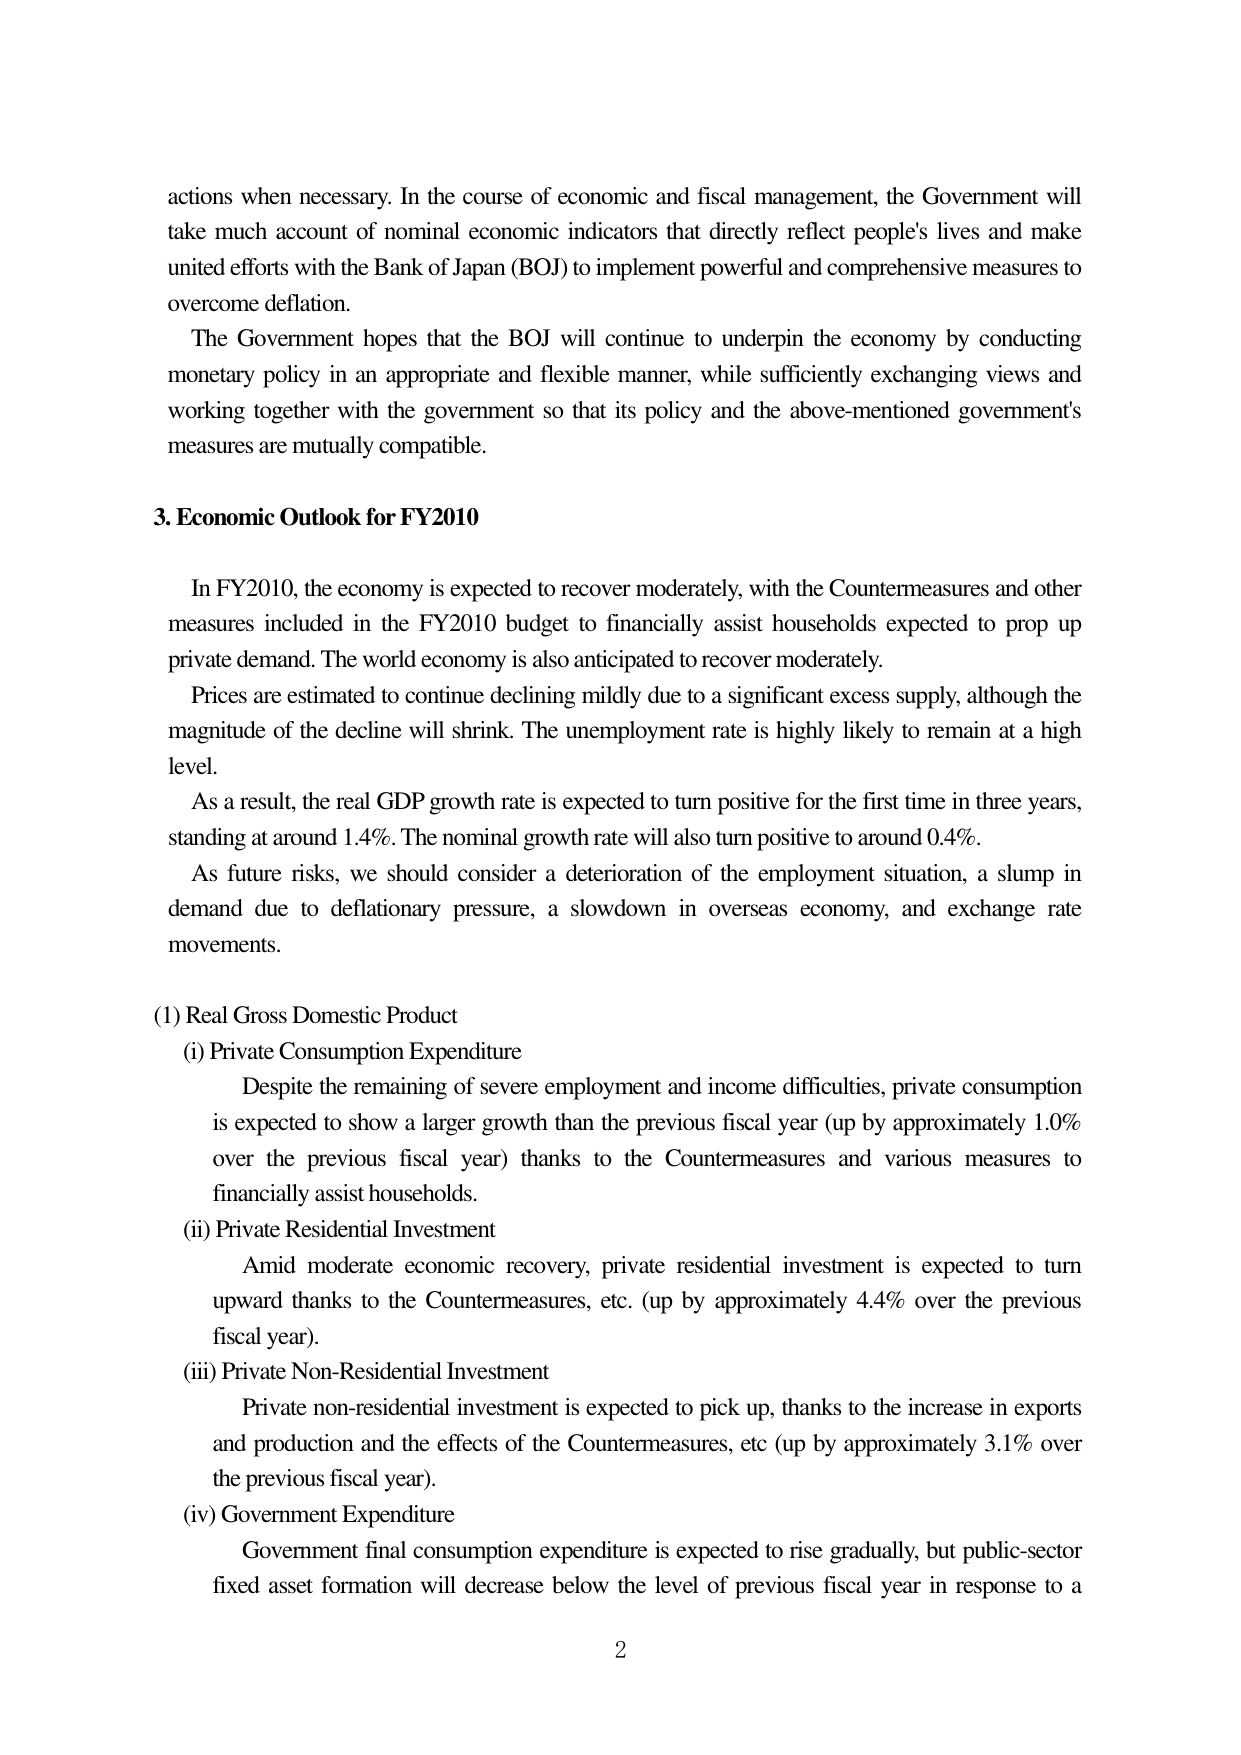
actions when necessary. In the course of economic and fiscal management, the Government will take much account of nominal economic indicators that directly reflect people's lives and make united efforts with the Bank of Japan (BOJ) to implement powerful and comprehensive measures to overcome deflation.

The Government hopes that the BOJ will continue to underpin the economy by conducting monetary policy in an appropriate and flexible manner, while sufficiently exchanging views and working together with the government so that its policy and the above-mentioned government's measures are mutually compatible.

3. Economic Outlook for FY2010

In FY2010, the economy is expected to recover moderately, with the Countermeasures and other measures included in the FY2010 budget to financially assist households expected to prop up private demand. The world economy is also anticipated to recover moderately.

Prices are estimated to continue declining mildly due to a significant excess supply, although the magnitude of the decline will shrink. The unemployment rate is highly likely to remain at a high level.

As a result, the real GDP growth rate is expected to turn positive for the first time in three years, standing at around 1.4%. The nominal growth rate will also turn positive to around 0.4%.

As future risks, we should consider a deterioration of the employment situation, a slump in demand due to deflationary pressure, a slowdown in overseas economy, and exchange rate movements.

(1) Real Gross Domestic Product
(i) Private Consumption Expenditure
Despite the remaining of severe employment and income difficulties, private consumption is expected to show a larger growth than the previous fiscal year (up by approximately 1.0% over the previous fiscal year) thanks to the Countermeasures and various measures to financially assist households.
(ii) Private Residential Investment
Amid moderate economic recovery, private residential investment is expected to turn upward thanks to the Countermeasures, etc. (up by approximately 4.4% over the previous fiscal year).
(iii) Private Non-Residential Investment
Private non-residential investment is expected to pick up, thanks to the increase in exports and production and the effects of the Countermeasures, etc (up by approximately 3.1% over the previous fiscal year).
(iv) Government Expenditure
Government final consumption expenditure is expected to rise gradually, but public-sector fixed asset formation will decrease below the level of previous fiscal year in response to a

2